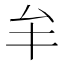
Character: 𠫚